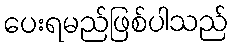
ပေးရမည်ဖြစ်ပါသည်